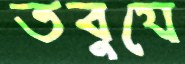
তবুযে